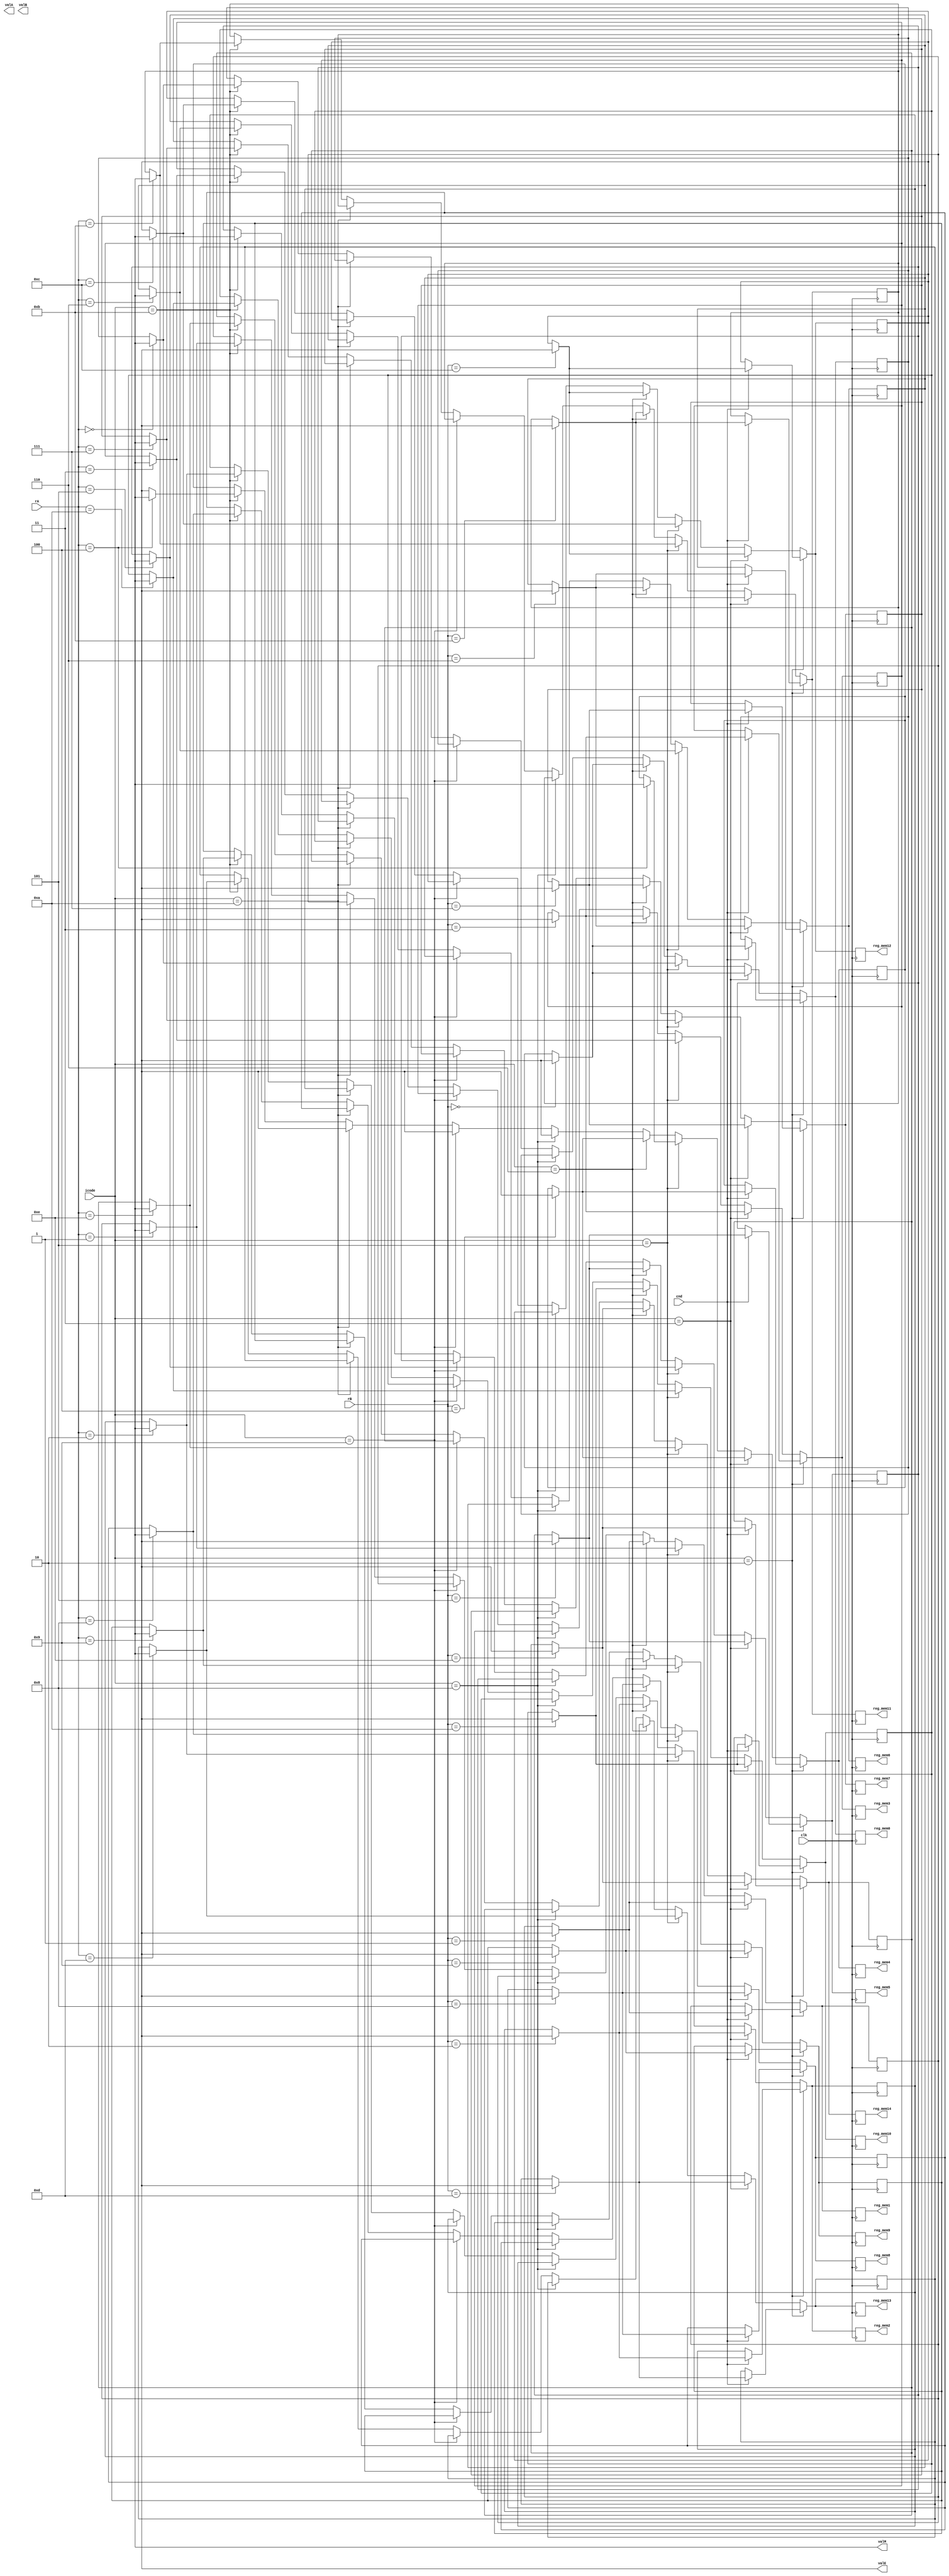
module write_back(clk, cnd, icode, rA, rB, valA, valB, valE, valM, reg_mem0, reg_mem1, reg_mem2, reg_mem3, reg_mem4, reg_mem5, reg_mem6, reg_mem7, reg_mem8, reg_mem9, reg_mem10, reg_mem11, reg_mem12, reg_mem13, reg_mem14); //(
  input clk;
  input cnd;
  input [3:0] icode;
  input [3:0] rA;
  input [3:0] rB;
  output reg [63:0] valA;
  output reg [63:0] valB;
  output reg [63:0] valE;
  output reg [63:0] valM;
  output reg [63:0] reg_mem0;
  output reg [63:0] reg_mem1;
  output reg [63:0] reg_mem2;
  output reg [63:0] reg_mem3;
  output reg [63:0] reg_mem4;
  output reg [63:0] reg_mem5;
  output reg [63:0] reg_mem6;
  output reg [63:0] reg_mem7;
  output reg [63:0] reg_mem8;
  output reg [63:0] reg_mem9;
  output reg [63:0] reg_mem10;
  output reg [63:0] reg_mem11;
  output reg [63:0] reg_mem12;
  output reg [63:0] reg_mem13;
  output reg [63:0] reg_mem14;
//);

  // lil buffer
  reg [63:0] reg_mem[0:14];


always@(negedge clk)
  begin
	//cmovxx
    if(icode==4'b0010) 
    begin
      if(cnd==1'b1)
      begin
        reg_mem[rB]=valE;
      end
    end
	//irmovq
    else if(icode==4'b0011) 
    begin
      reg_mem[rB]=valE;
    end
	//mrmovq
    else if(icode==4'b0101) 
    begin
      reg_mem[rA]=valM;
    end
	//OP
    else if(icode==4'b0110) 
    begin
      reg_mem[rB]=valE;
    end
	//call
    else if(icode==4'b1000) 
    begin
      reg_mem[4]=valE;
    end
	//ret
    else if(icode==4'b1001) 
    begin
      reg_mem[4]=valE;
    end
	//pushq
    else if(icode==4'b1010) 
    begin
      reg_mem[4]=valE;
    end
	//popq
    else if(icode==4'b1011) 
    begin
      reg_mem[4]=valE;
      reg_mem[rA]=valM;
    end
	
	// write from buffer to registers
    reg_mem0=reg_mem[0];
    reg_mem1=reg_mem[1];
    reg_mem2=reg_mem[2];
    reg_mem3=reg_mem[3];
    reg_mem4=reg_mem[4];
    reg_mem5=reg_mem[5];
    reg_mem6=reg_mem[6];
    reg_mem7=reg_mem[7];
    reg_mem8=reg_mem[8];
    reg_mem9=reg_mem[9];
    reg_mem10=reg_mem[10];
    reg_mem11=reg_mem[11];
    reg_mem12=reg_mem[12];
    reg_mem13=reg_mem[13];
    reg_mem14=reg_mem[14];
  end

endmodule